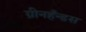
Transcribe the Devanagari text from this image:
ग्रीनहँन्डस